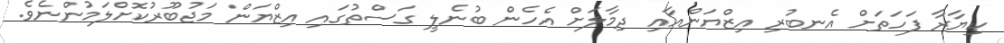
ކިޔާރާ ފަހަތަށް އެނބުރި އިޒްޔަންއާއި ދިމާލަށް އެހެން ބުނެލީ ގަސްތުގައި އިޒްޔަން މަޖުބޫރުކޮށްލަމުންނެވެ.